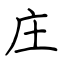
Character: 庄